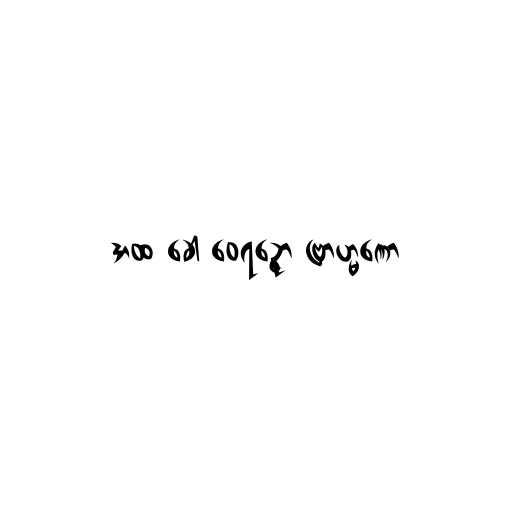
အထ ခေါ ဝေရဉ္ဇော ဗြာဟ္မဏော